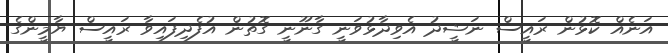
އަނެއް ކޮޅުން ރައީސް ނަޝީދު އެވިދާޅުވަނީ ގާނޫނީ ގޮތުން އުފެދިފައިވާ ރައީސް ޔާމީންގެ